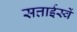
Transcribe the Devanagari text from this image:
सत्ताईस्वें